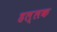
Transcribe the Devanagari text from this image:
हल्लक